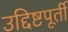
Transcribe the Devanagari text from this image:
उद्दिष्टपूर्ती